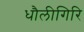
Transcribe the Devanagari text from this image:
धौलीगिरि